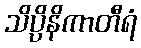
သိပ္ပိနိကာတီရံ